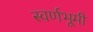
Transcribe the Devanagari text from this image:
स्वर्णभूमी